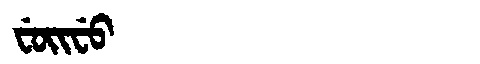
Manchu: ᠸᡠᡳᠸᡠ
Romanization: FUIFU